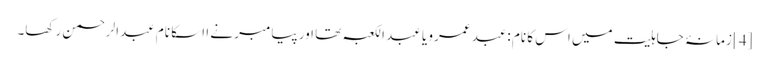
[4] زمانۂ جاہلیت میں اس کا نام :عبد عمرو یا عبد الکعبہ تھا اور پیامبر نے ا اسکا نام عبدالرحمن رکھا۔